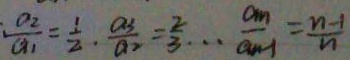
: \frac { a _ { 2 } } { a _ { 1 } } = \frac { 1 } { 2 } \cdot \frac { a _ { 3 } } { a _ { 2 } } = \frac { 2 } { 3 } \cdots \frac { a _ { n } } { a _ { n } - 1 } = \frac { n - 1 } { n }